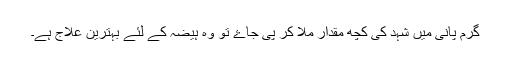
گرم پانی میں شہد کی کچھ مقدار ملا کر پی جاۓ تو وہ ہیضہ کے لئے بہترین علاج ہے۔